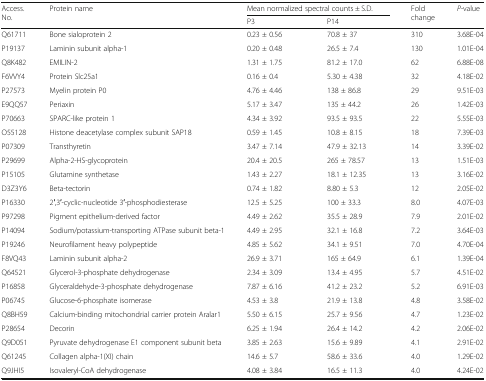
<table><thead><tr><td rowspan="2"><b>Access. No.</b></td><td rowspan="2"><b>Protein name</b></td><td colspan="2"><b>Mean normalized spectral counts ± S.D.</b></td><td rowspan="2"><b>Fold change</b></td><td rowspan="2"><b><i>P-</i>value</b></td></tr><tr><td><b>P3</b></td><td><b>P14</b></td></tr></thead><tbody><tr><td>Q61711</td><td>Bone sialoprotein 2</td><td>0.23 ± 0.56</td><td>70.8 ± 37</td><td>310</td><td>3.68E-04</td></tr><tr><td>P19137</td><td>Laminin subunit alpha-1</td><td>0.20 ± 0.48</td><td>26.5 ± 7.4</td><td>130</td><td>1.01E-04</td></tr><tr><td>Q8K482</td><td>EMILIN-2</td><td>1.31 ± 1.75</td><td>81.2 ± 17.0</td><td>62</td><td>6.88E-08</td></tr><tr><td>F6VVY4</td><td>Protein Slc25a1</td><td>0.16 ± 0.4</td><td>5.30 ± 4.38</td><td>32</td><td>4.18E-02</td></tr><tr><td>P27573</td><td>Myelin protein P0</td><td>4.76 ± 4.46</td><td>138 ± 86.8</td><td>29</td><td>9.51E-03</td></tr><tr><td>E9QQ57</td><td>Periaxin</td><td>5.17 ± 3.47</td><td>135 ± 44.2</td><td>26</td><td>1.42E-03</td></tr><tr><td>P70663</td><td>SPARC-like protein 1</td><td>4.34 ± 3.92</td><td>93.5 ± 93.5</td><td>22</td><td>5.55E-03</td></tr><tr><td>O55128</td><td>Histone deacetylase complex subunit SAP18</td><td>0.59 ± 1.45</td><td>10.8 ± 8.15</td><td>18</td><td>7.39E-03</td></tr><tr><td>P07309</td><td>Transthyretin</td><td>3.47 ± 7.14</td><td>47.9 ± 32.13</td><td>14</td><td>3.39E-02</td></tr><tr><td>P29699</td><td>Alpha-2-HS-glycoprotein</td><td>20.4 ± 20.5</td><td>265 ± 78.57</td><td>13</td><td>1.51E-03</td></tr><tr><td>P15105</td><td>Glutamine synthetase</td><td>1.43 ± 2.27</td><td>18.1 ± 12.35</td><td>13</td><td>3.16E-02</td></tr><tr><td>D3Z3Y6</td><td>Beta-tectorin</td><td>0.74 ± 1.82</td><td>8.80 ± 5.3</td><td>12</td><td>2.05E-02</td></tr><tr><td>P16330</td><td>2′,3′-cyclic-nucleotide 3′-phosphodiesterase</td><td>12.5 ± 5.25</td><td>100 ± 33.3</td><td>8.0</td><td>4.07E-03</td></tr><tr><td>P97298</td><td>Pigment epithelium-derived factor</td><td>4.49 ± 2.62</td><td>35.5 ± 28.9</td><td>7.9</td><td>2.01E-02</td></tr><tr><td>P14094</td><td>Sodium/potassium-transporting ATPase subunit beta-1</td><td>4.49 ± 2.95</td><td>32.1 ± 16.8</td><td>7.2</td><td>3.64E-03</td></tr><tr><td>P19246</td><td>Neurofilament heavy polypeptide</td><td>4.85 ± 5.62</td><td>34.1 ± 9.51</td><td>7.0</td><td>4.70E-04</td></tr><tr><td>F8VQ43</td><td>Laminin subunit alpha-2</td><td>26.9 ± 3.71</td><td>165 ± 64.9</td><td>6.1</td><td>1.39E-04</td></tr><tr><td>Q64521</td><td>Glycerol-3-phosphate dehydrogenase</td><td>2.34 ± 3.09</td><td>13.4 ± 4.95</td><td>5.7</td><td>4.51E-02</td></tr><tr><td>P16858</td><td>Glyceraldehyde-3-phosphate dehydrogenase</td><td>7.87 ± 6.16</td><td>41.2 ± 23.2</td><td>5.2</td><td>6.91E-03</td></tr><tr><td>P06745</td><td>Glucose-6-phosphate isomerase</td><td>4.53 ± 3.8</td><td>21.9 ± 13.8</td><td>4.8</td><td>3.58E-02</td></tr><tr><td>Q8BH59</td><td>Calcium-binding mitochondrial carrier protein Aralar1</td><td>5.50 ± 6.15</td><td>25.7 ± 9.56</td><td>4.7</td><td>1.23E-02</td></tr><tr><td>P28654</td><td>Decorin</td><td>6.25 ± 1.94</td><td>26.4 ± 14.2</td><td>4.2</td><td>2.06E-02</td></tr><tr><td>Q9D051</td><td>Pyruvate dehydrogenase E1 component subunit beta</td><td>3.85 ± 2.63</td><td>15.6 ± 9.89</td><td>4.1</td><td>2.91E-02</td></tr><tr><td>Q61245</td><td>Collagen alpha-1(XI) chain</td><td>14.6 ± 5.7</td><td>58.6 ± 33.6</td><td>4.0</td><td>1.29E-02</td></tr><tr><td>Q9JHI5</td><td>Isovaleryl-CoA dehydrogenase</td><td>4.08 ± 3.84</td><td>16.5 ± 11.3</td><td>4.0</td><td>4.24E-02</td></tr></tbody></table>